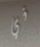
في